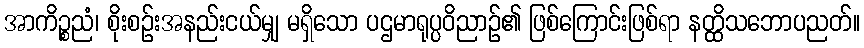
အာကိဉ္စညံ၊ စိုးစဉ်းအနည်းငယ်မျှ မရှိသော ပဌမာရုပ္ပဝိညာဉ်၏ ဖြစ်ကြောင်းဖြစ်ရာ နတ္ထိသဘောပညတ်။